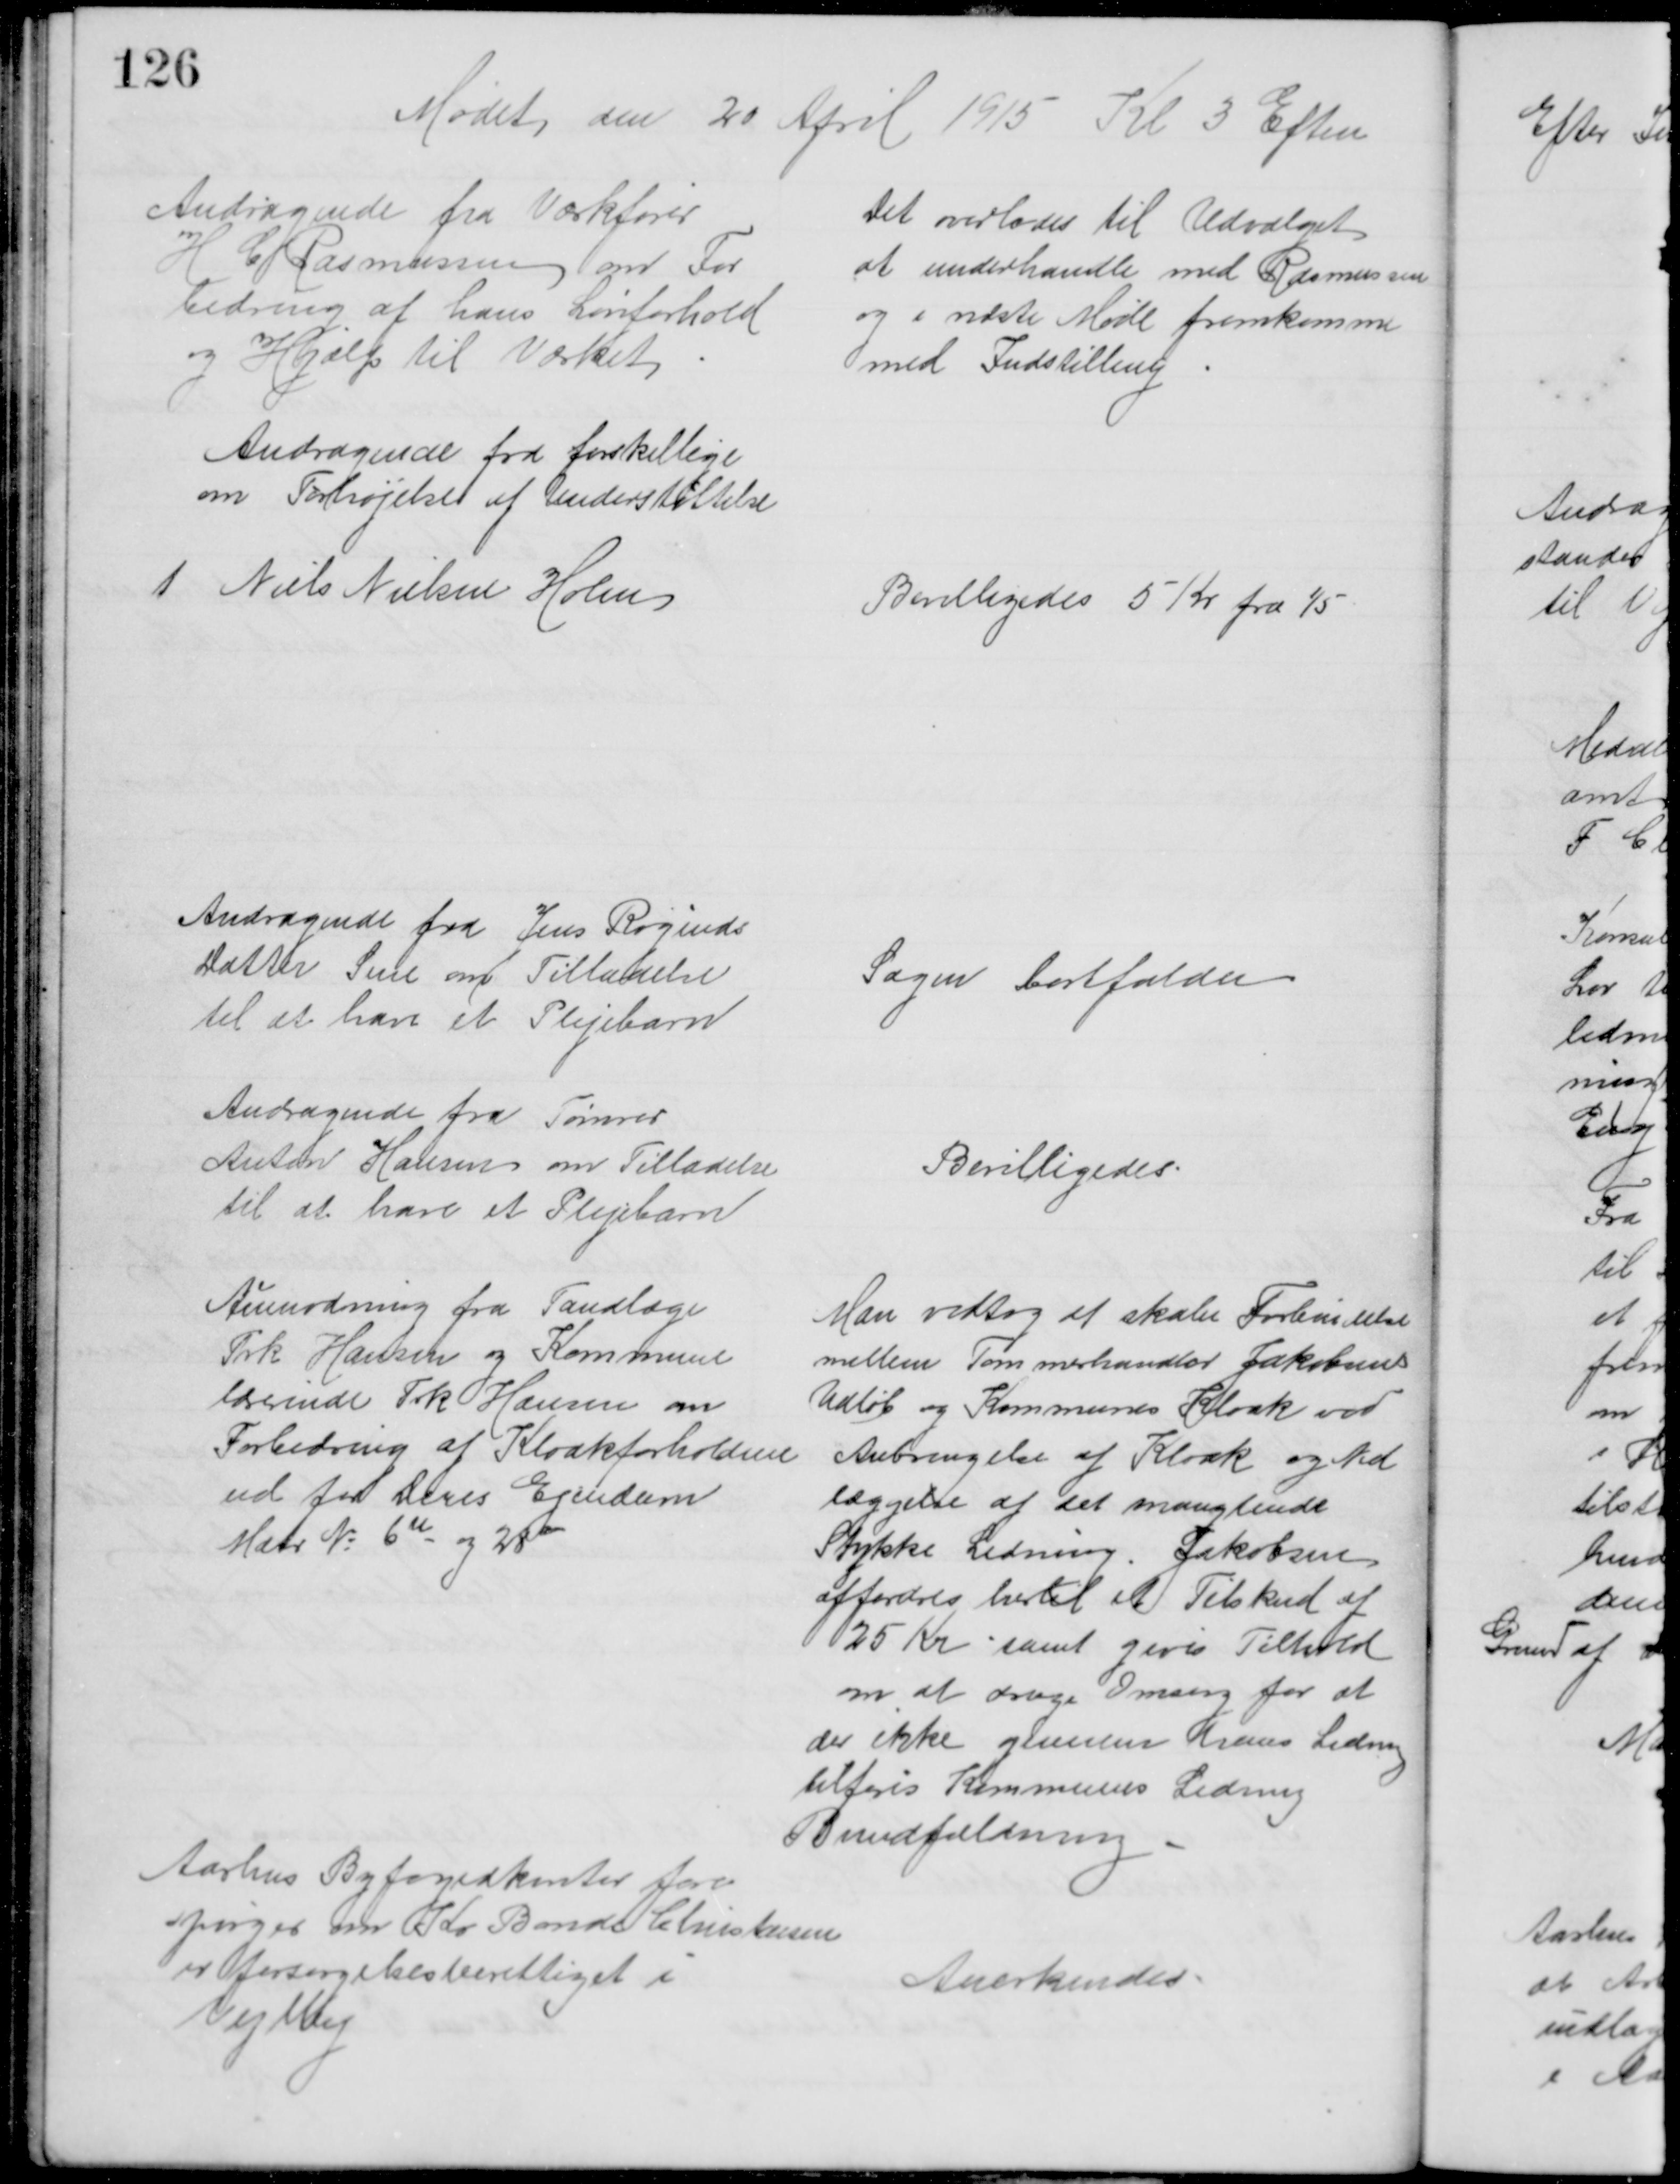
Transskription:
Mødet den 20 April 1915 Kl 3 Eftm
Andragende fra Værkfører
H C Rasmussen om For
bedring af hans Lønforhold
og Hjælp til Værket
Det overlodes til Udvalget
at underhandle med Rasmussen
og i næste Møde fremkomme
med Indstilling
Andragende fra forskellige
om Forhøjelse af Understøttelse
1. Niels Nielsen Holm
Bevilligedes 5 Kr fra 1/5
Andragende fra Jens Røginds
Datter Sine om Tilladelse
til at have et Plejebarn
Sagen bortfalder
Andragende fra Tømrer
Anton Hansen om Tilladelse
til at have et Plejebarn
Bevilligedes
Anmodning fra Tandlæge
Frk Hansen og Kommune
lærerinde Frk Hansen om
Forbedring af Kloakforholdene
ud for deres Ejendom
Matr. № 6u og 28a
Man vedtog at skabe Forbindelse
mellem Tømmerhandler Jakobsens
Udløb og Kommunes Kloak ved
Anbringelse af Kloak og Ned
læggelse af det manglende
Stykke Ledning. Jakobsen
affordres hertil et Tilskud af
25 Kr samt gives Tilhold
om at drage Omsorg for at 
der ikke gennem hans Ledning
tilføres Kommunes Ledning
Bundfældning
Aarhus Byfogedkonter fore
spørger om Kr Bonde Christensen
er forsørgelsesberettiget i
Vejlby
Anerkendes